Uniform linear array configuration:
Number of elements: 16
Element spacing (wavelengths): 1
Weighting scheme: kaiser
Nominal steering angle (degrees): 45
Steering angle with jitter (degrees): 44.154
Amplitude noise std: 0.05
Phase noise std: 0.05

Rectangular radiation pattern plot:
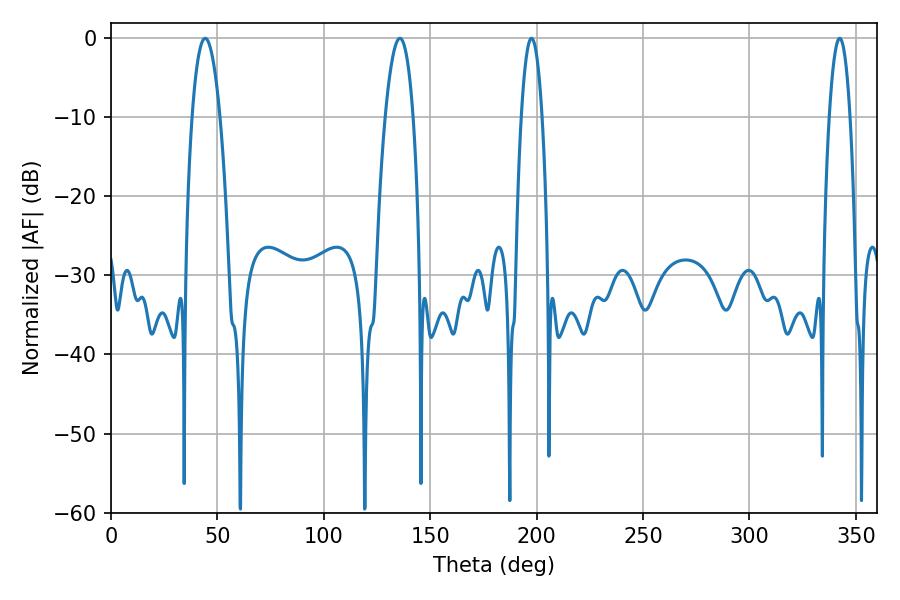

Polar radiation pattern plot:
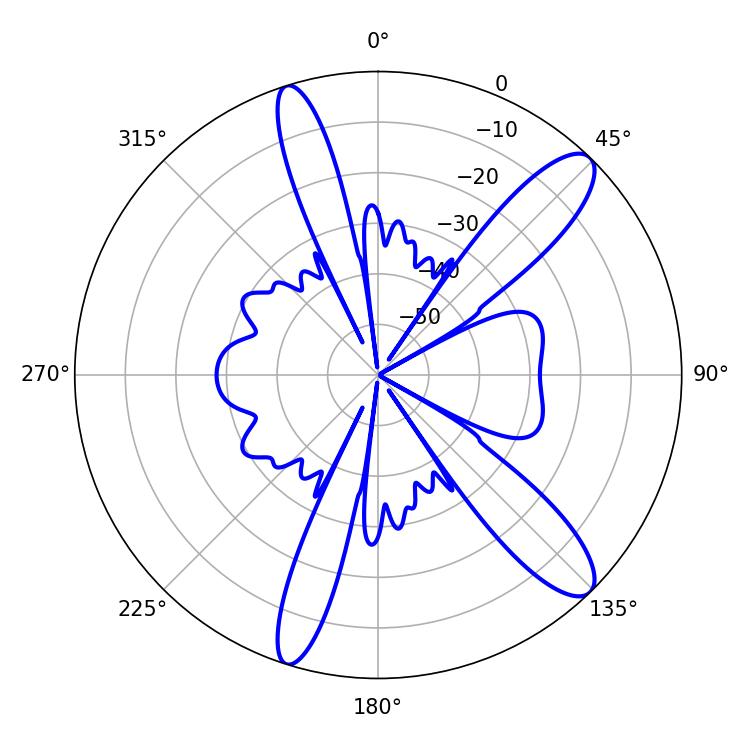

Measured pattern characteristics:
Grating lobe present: TRUE
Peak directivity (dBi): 11.899
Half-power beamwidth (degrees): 7.38
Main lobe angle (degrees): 44.28